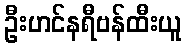
ဦးဟင်နရီဗန်ထီးယူ